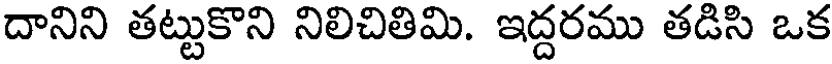
దానిని తట్టుకొని నిలిచితిమి. ఇద్దరము తడిసి ఒక